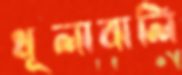
ধূলাবালি